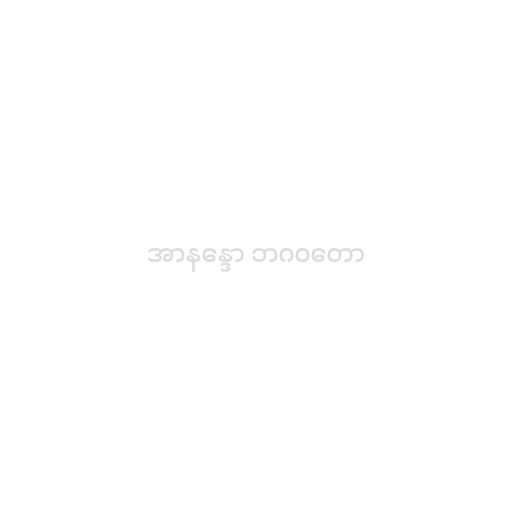
အာနန္ဒော ဘဂဝတော